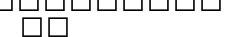
٨٢